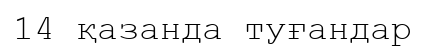
14 қазанда туғандар